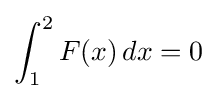
\int _{1}^{2}F(x)\,dx=0